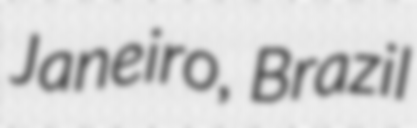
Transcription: Janeiro, Brazil